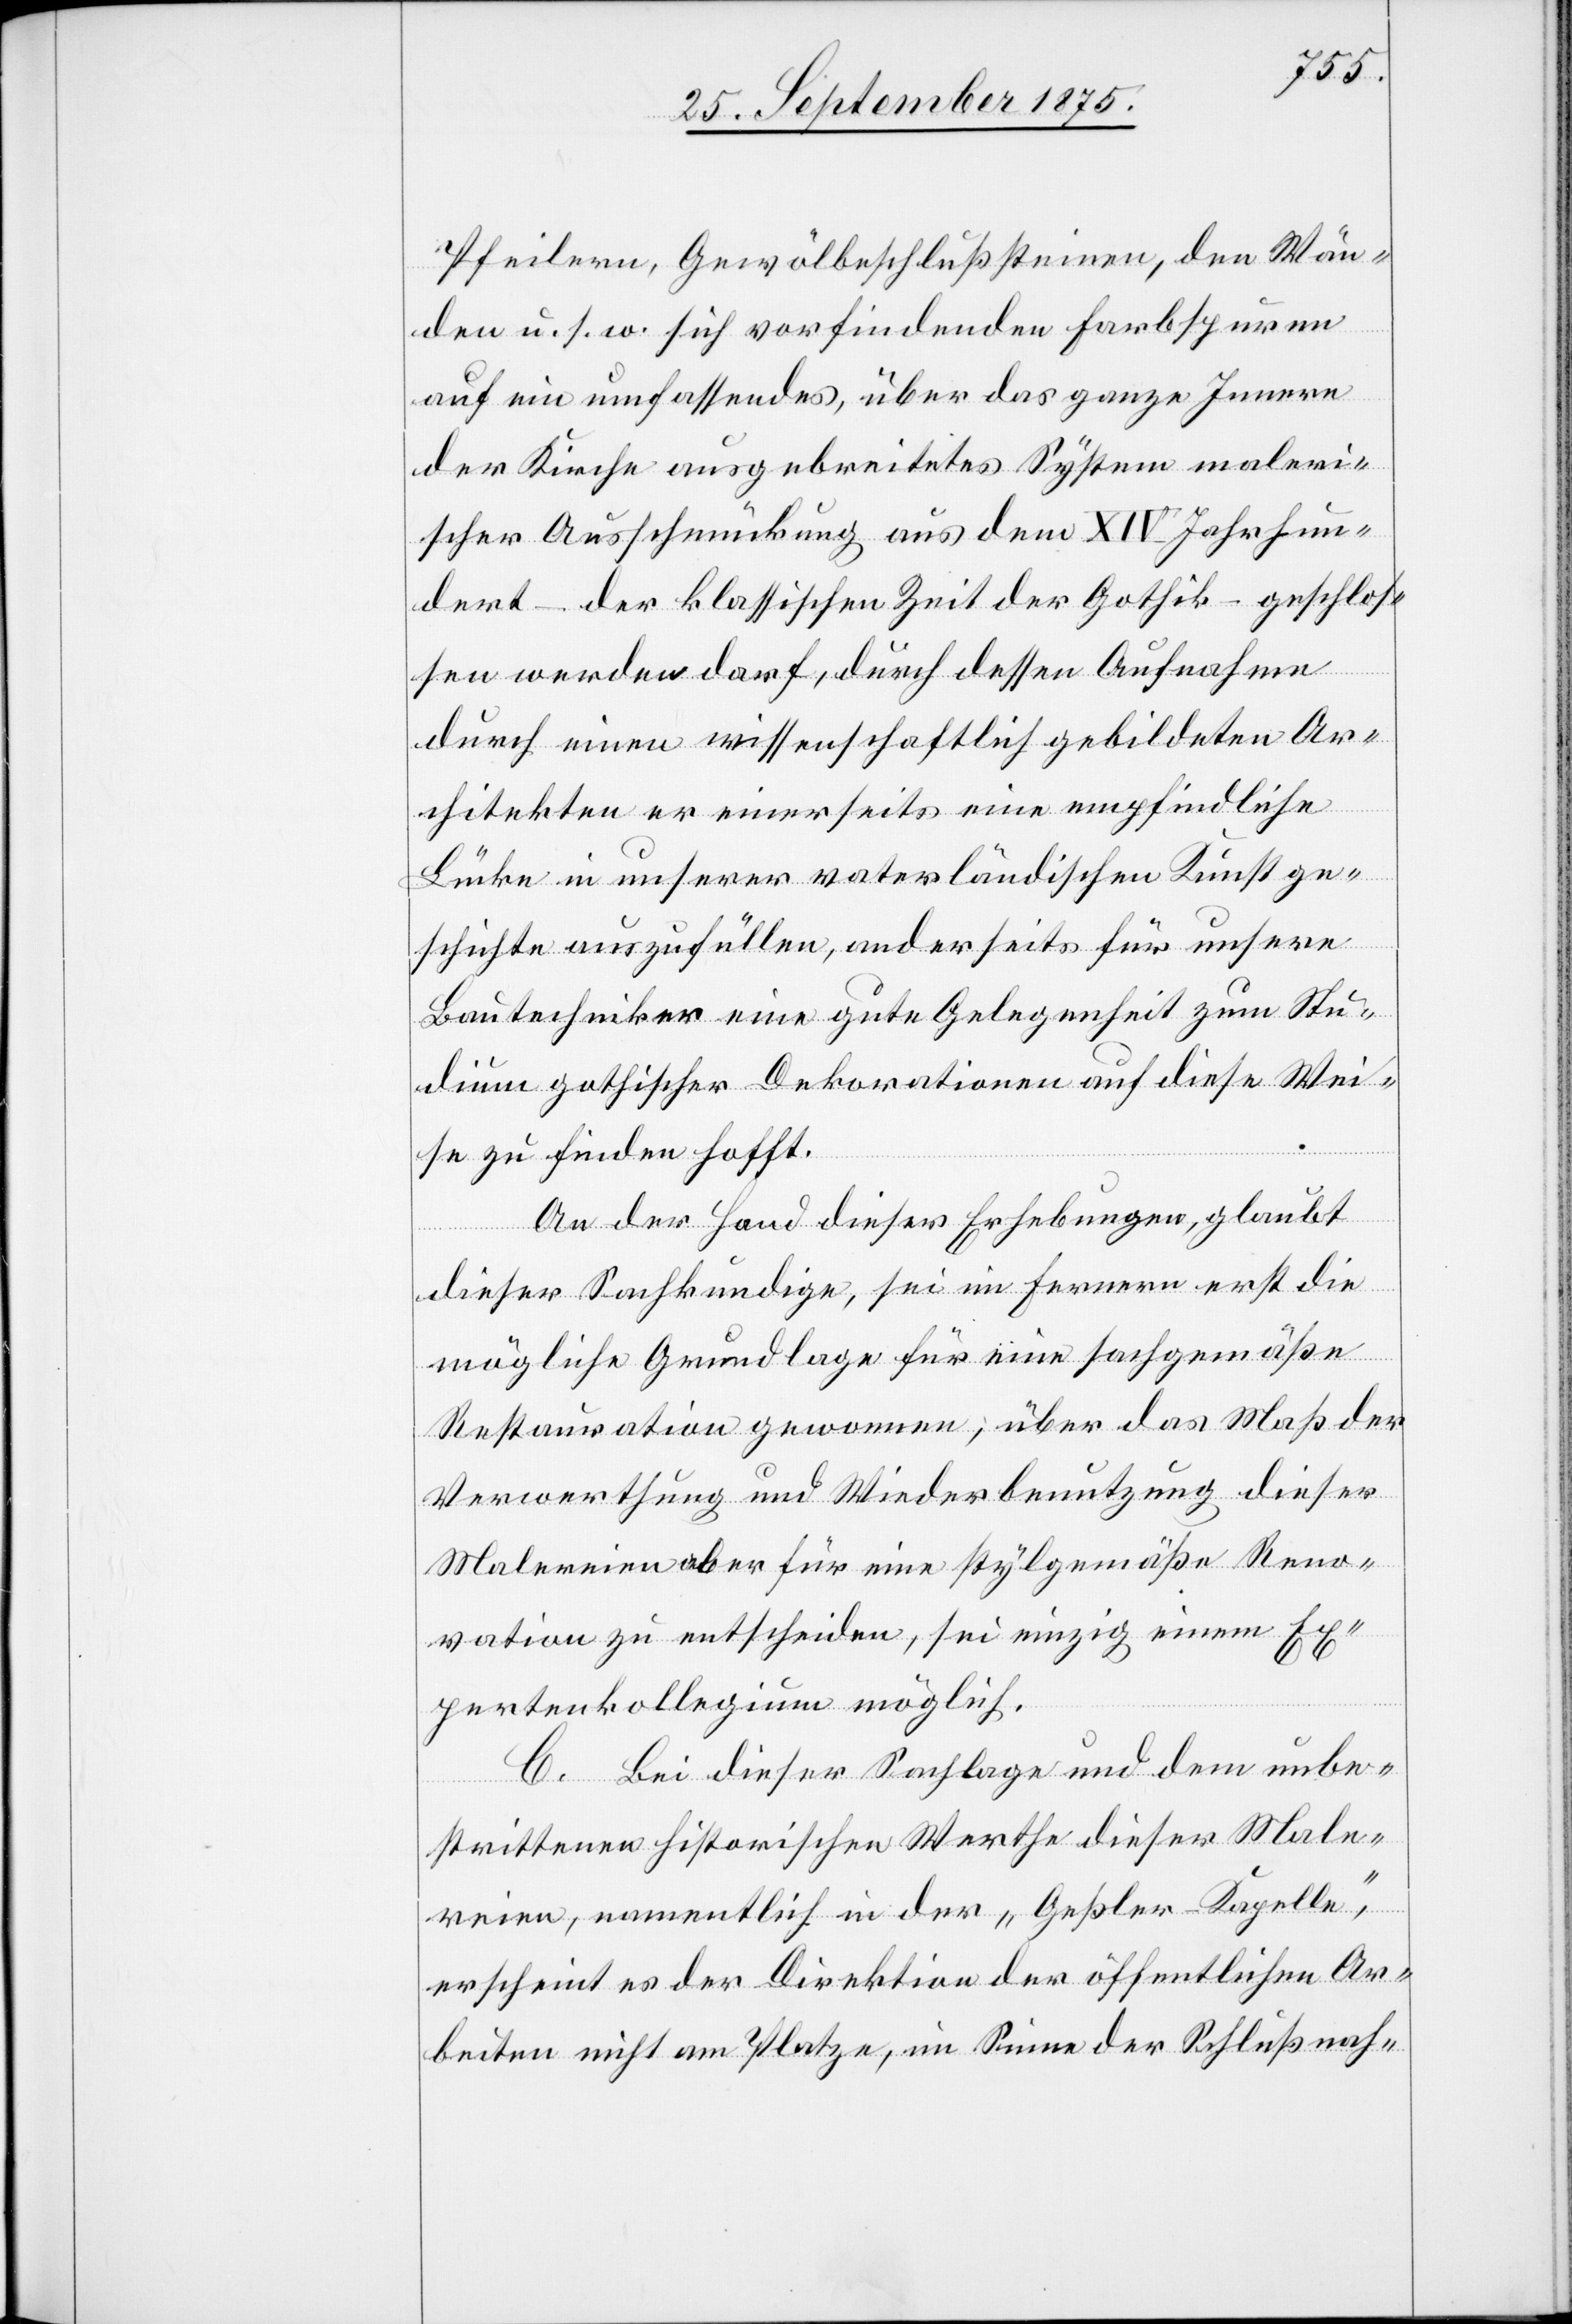
Pfeilern, Gewölbeschlußsteinen, den Wän¬
den u. s. w. sich vorfindenden Farbspuren
auf ein umfassendes, über das ganze Innere
der Kirche ausgebreitetes System maleri¬
scher Ausschmückung aus dem XIV Jahrhun¬
dert – der klassischen Zeit der Gothik – geschlos¬
sen werden darf, durch dessen Aufnahme
durch einen wissenschaftlich gebildeten Ar¬
chitekten er einerseits eine empfindliche
Lücke in unserer vaterländischen Kunstge¬
schichte auszufüllen, anderseits für unsere
Bautechniker eine gute Gelegenheit zum Stu¬
dium gothischer Dekorationen auf diese Wei¬
se zu finden hofft.
An der Hand dieser Erhebungen, glaubt
dieser Sachkundige, sei im Fernern erst die
mögliche Grundlage für eine sachgemäße
Restauration gewonnen; über das Maß der
Verwerthung und Wiederbenutzung dieser
Malereien oder für eine stylgemäße Reno¬
vation zu entscheiden, sei einzig einem Ex¬
pertenkollegium möglich.
C. Bei dieser Sachlage und dem unbe¬
strittenen historischen Werthe dieser Male¬
reien, namentlich in der „Geßler-Kapelle“,
erscheint es der Direktion der öffentlichen Ar¬
beiten nicht am Platze, im Sinne der Schlußnah-